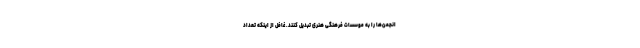
انجمن‌ها را به موسسات فرهنگی هنری تبدیل کنند. غافل از اینکه تعداد